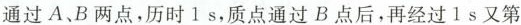
通过 A、B 两点，历时1s，质点通过B点后，再经过1s又第